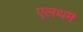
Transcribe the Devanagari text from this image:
एलथम